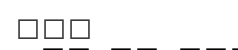
٢٨٦